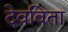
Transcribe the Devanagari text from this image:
देवविता